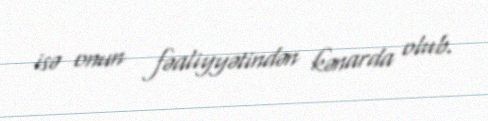
isə onun fəaliyyətindən kənarda olub.